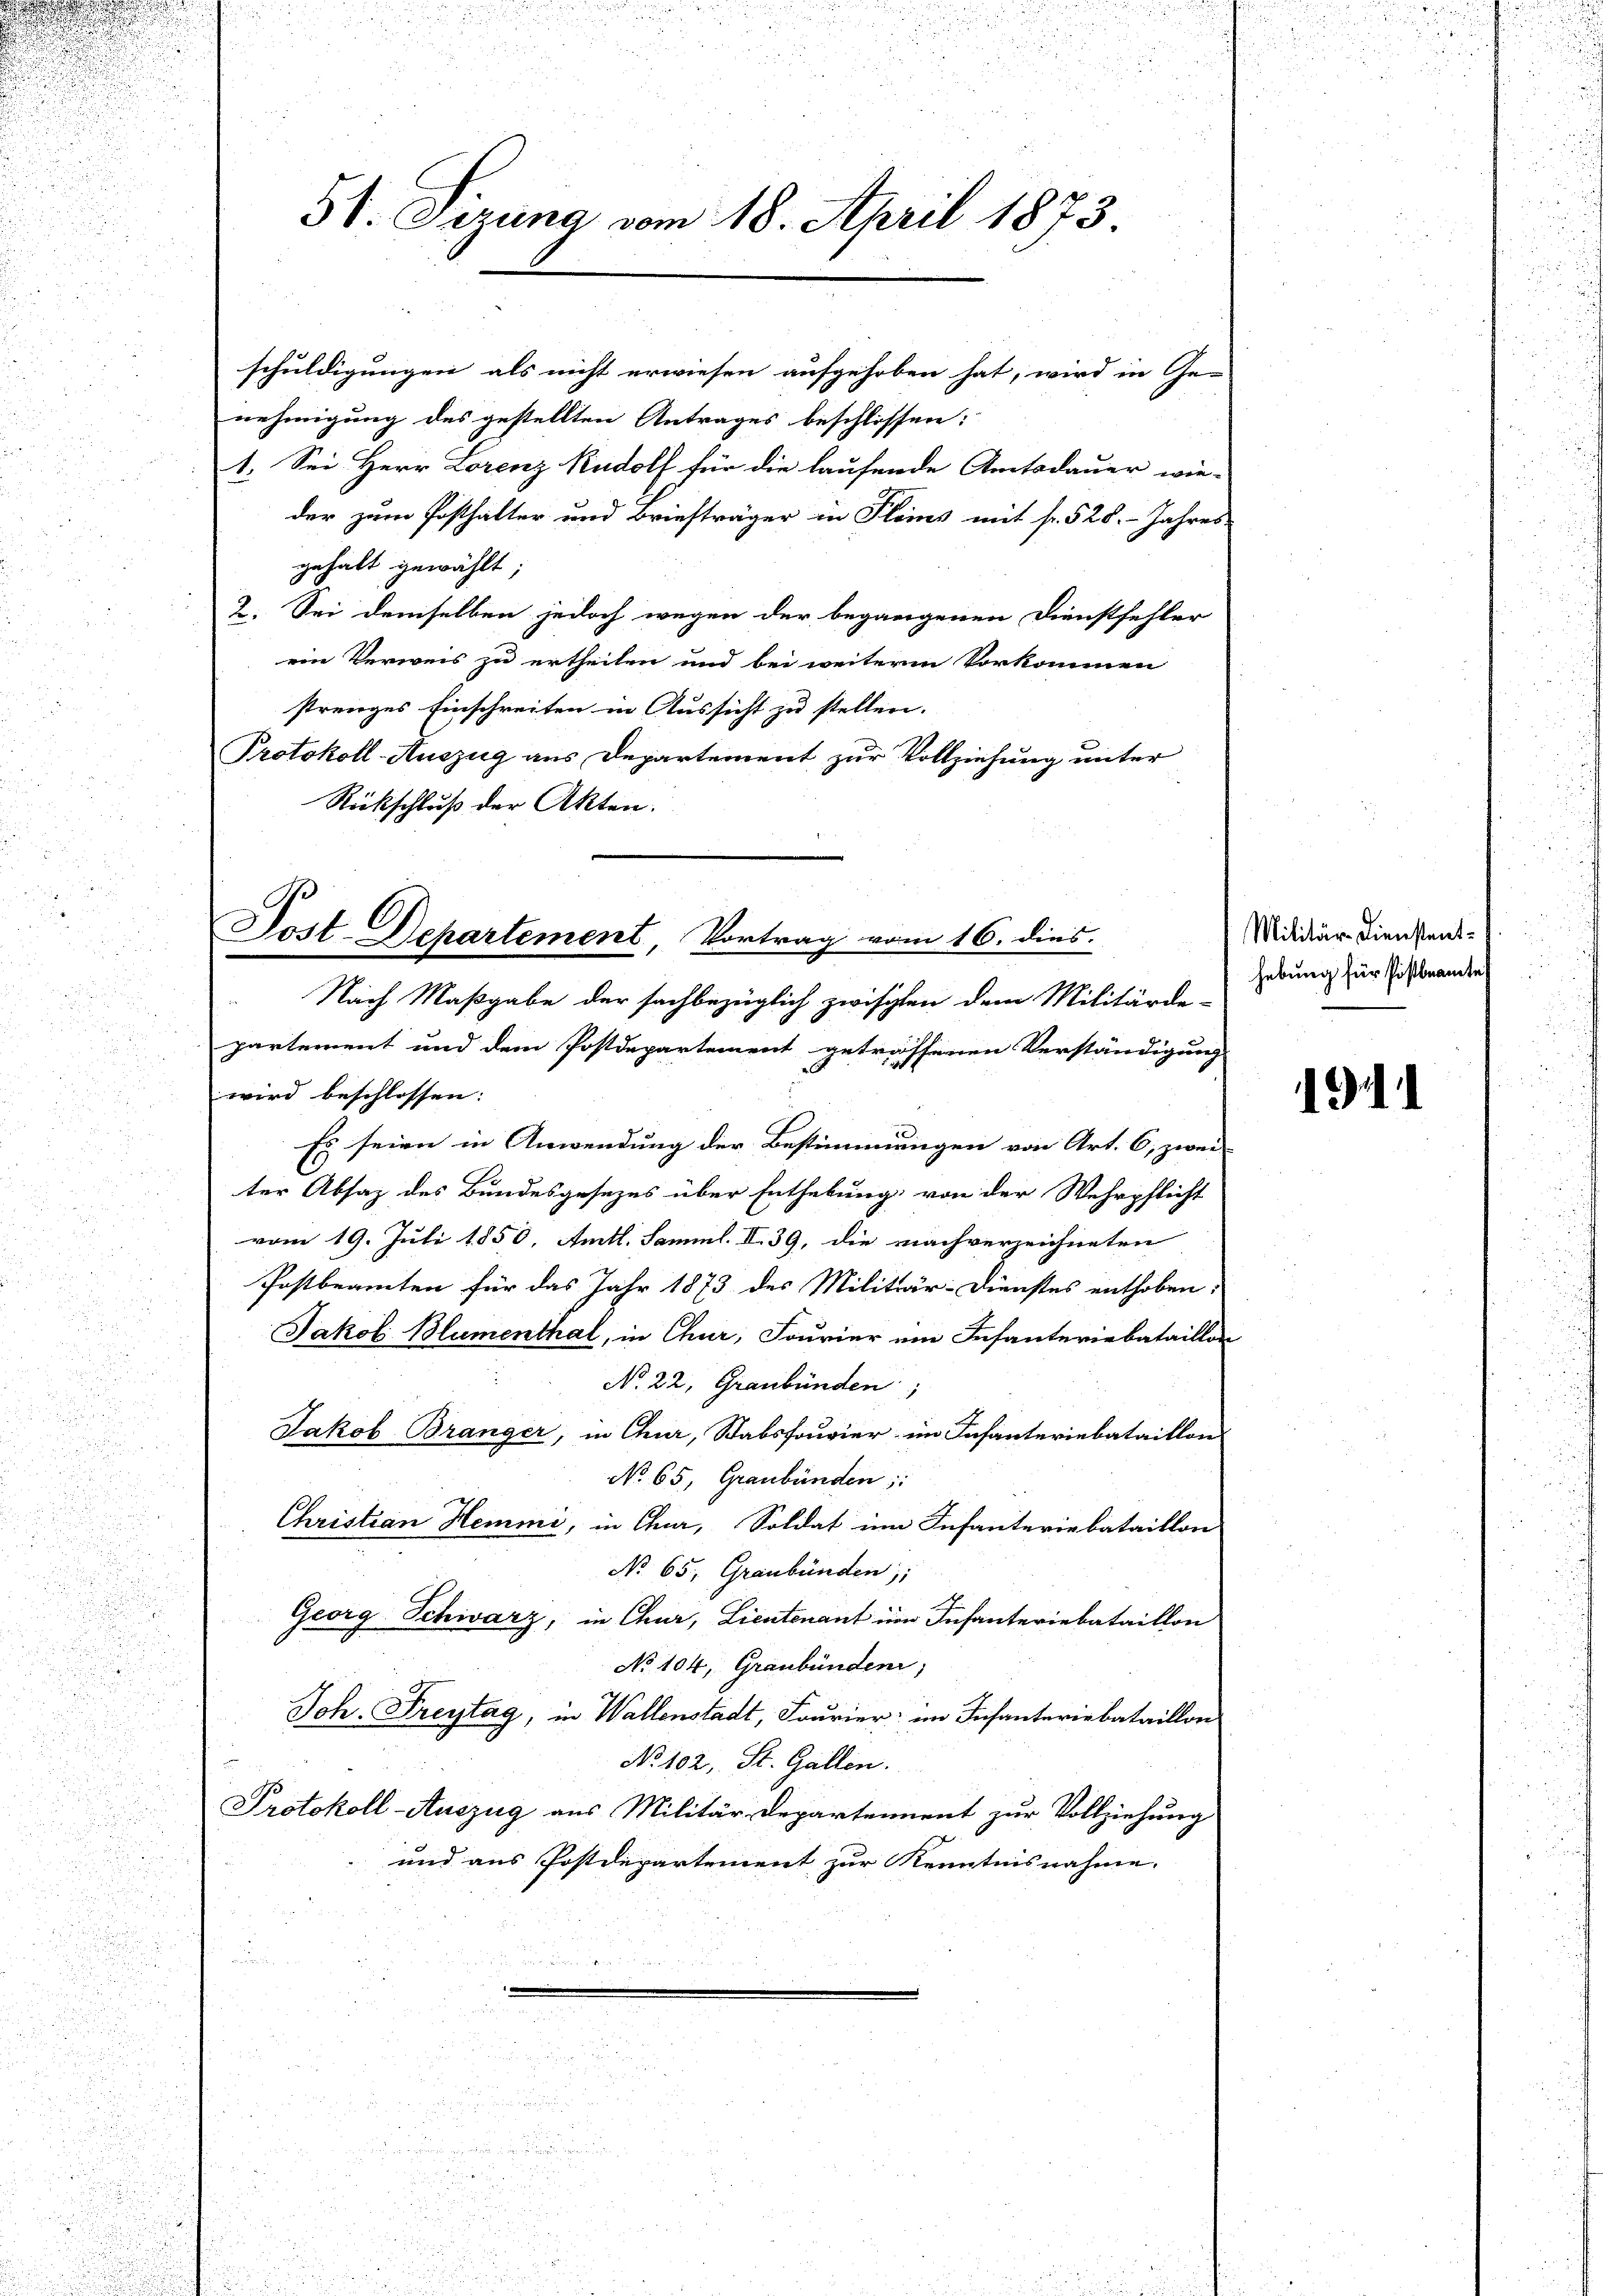
Nach Maßgabe der sachbezüglich zwischen dem Militärde-
partement und dem Postdepartement getroffenen Verständigung
wird beschlossen: |
Es seien in Anwendung der Bestimmungen von Art. 6, zwei
d
ter Absaz des Bundesgesezes über Enthebung von der Wehrpflicht
vom 19. Juli 1850, Amtl. Samml. II. 39, die nachverzeichneten
Postbeamten für das Jahr 1873 des Militär-Dienstes enthoben,
u
Jakob Blumenthal, in Chur, Fourier ein Infanteriebataillon
u
u
No. 22, Graubünden;
.
Jakob Bränger, in Chur, Stabsfouvier im Infanteriebataillon

No 65, Graubünden:
.

.
Christian Hemmi, in Chur, Soldat im Infanteriebataillon

No 65. Graubünden,
Georg Schwarz, in Chur, Lieutenant im Infanteriebataillon
No 104, Graubünden;
u
Joh. Freytag, in Wallenstadt, Fourier im Infanteriebataillon
i
No 102, St. Gallen.
75
Protokoll-Auszug aus Militär-Departement zur Vollziehung
und aus Postdepartement zur Kenntnisnahme. |

51. Sizung vom 18. April 1873

schuldigungen als nicht erwiesen aufgehoben hat, wird in Ge-
nehmigung des gestellten Antrages beschlossen:
1. Sei Herr Lorenz Rudolf für die laufende Amtsdauer wie-
der zum Posthalter und Briefträger in Fleins mit fr. 528. Jahres
gehalt gewählt;
2. Sei demselben jedoch wegen der begangenen Dienstfehler
ein Verweis zu ertheilen und bei weiterm Vorkommen
strenges Einschreiten in Aussicht zu stellen.
Protokoll-Auszug aus Departement zur Vollziehung unter
Rückschluß der Akten.

Soit-Departement, Vortrag vom 16. dies

Militär- Dienstenthebung für Pistbeamte

1941